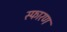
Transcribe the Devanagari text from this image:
स्फारण